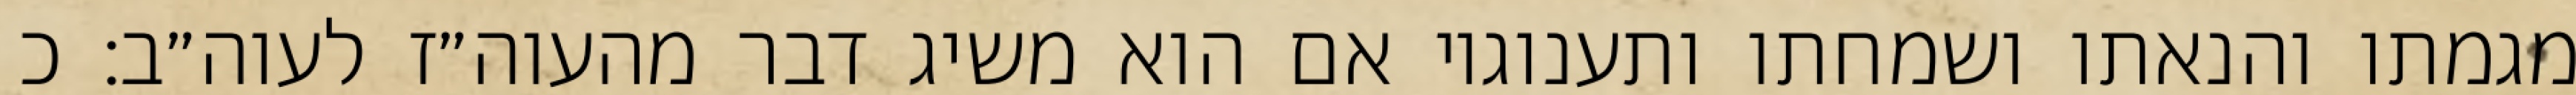
מגמתו והנאתו ושמחתו ותענוגיו אם הוא משיג דבר מהעוה״ז לעוה״ב: כ